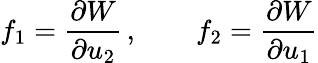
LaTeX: f_{1}=\frac{\partial W}{\partial u_{2}}\, ,\qquad f_{2}=\frac{\partial W}{\partial u_{1}}